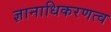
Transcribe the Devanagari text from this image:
ज्ञानाधिकरणत्व